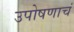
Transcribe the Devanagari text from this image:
उपोषणाचं